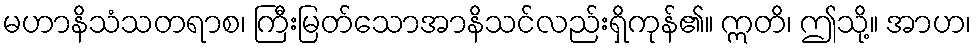
မဟာနိသံသတရာစ၊ ကြီးမြတ်သောအာနိသင်လည်းရှိကုန်၏။ ဣတိ၊ ဤသို့။ အာဟ၊